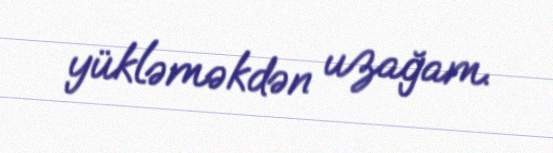
yükləməkdən uzağam.